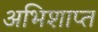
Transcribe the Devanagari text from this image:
अभिशाप्त